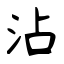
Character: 沾